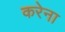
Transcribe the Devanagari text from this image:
करेना